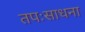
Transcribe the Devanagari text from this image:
तपःसाधना